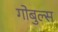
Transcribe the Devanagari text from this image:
गोबुल्स